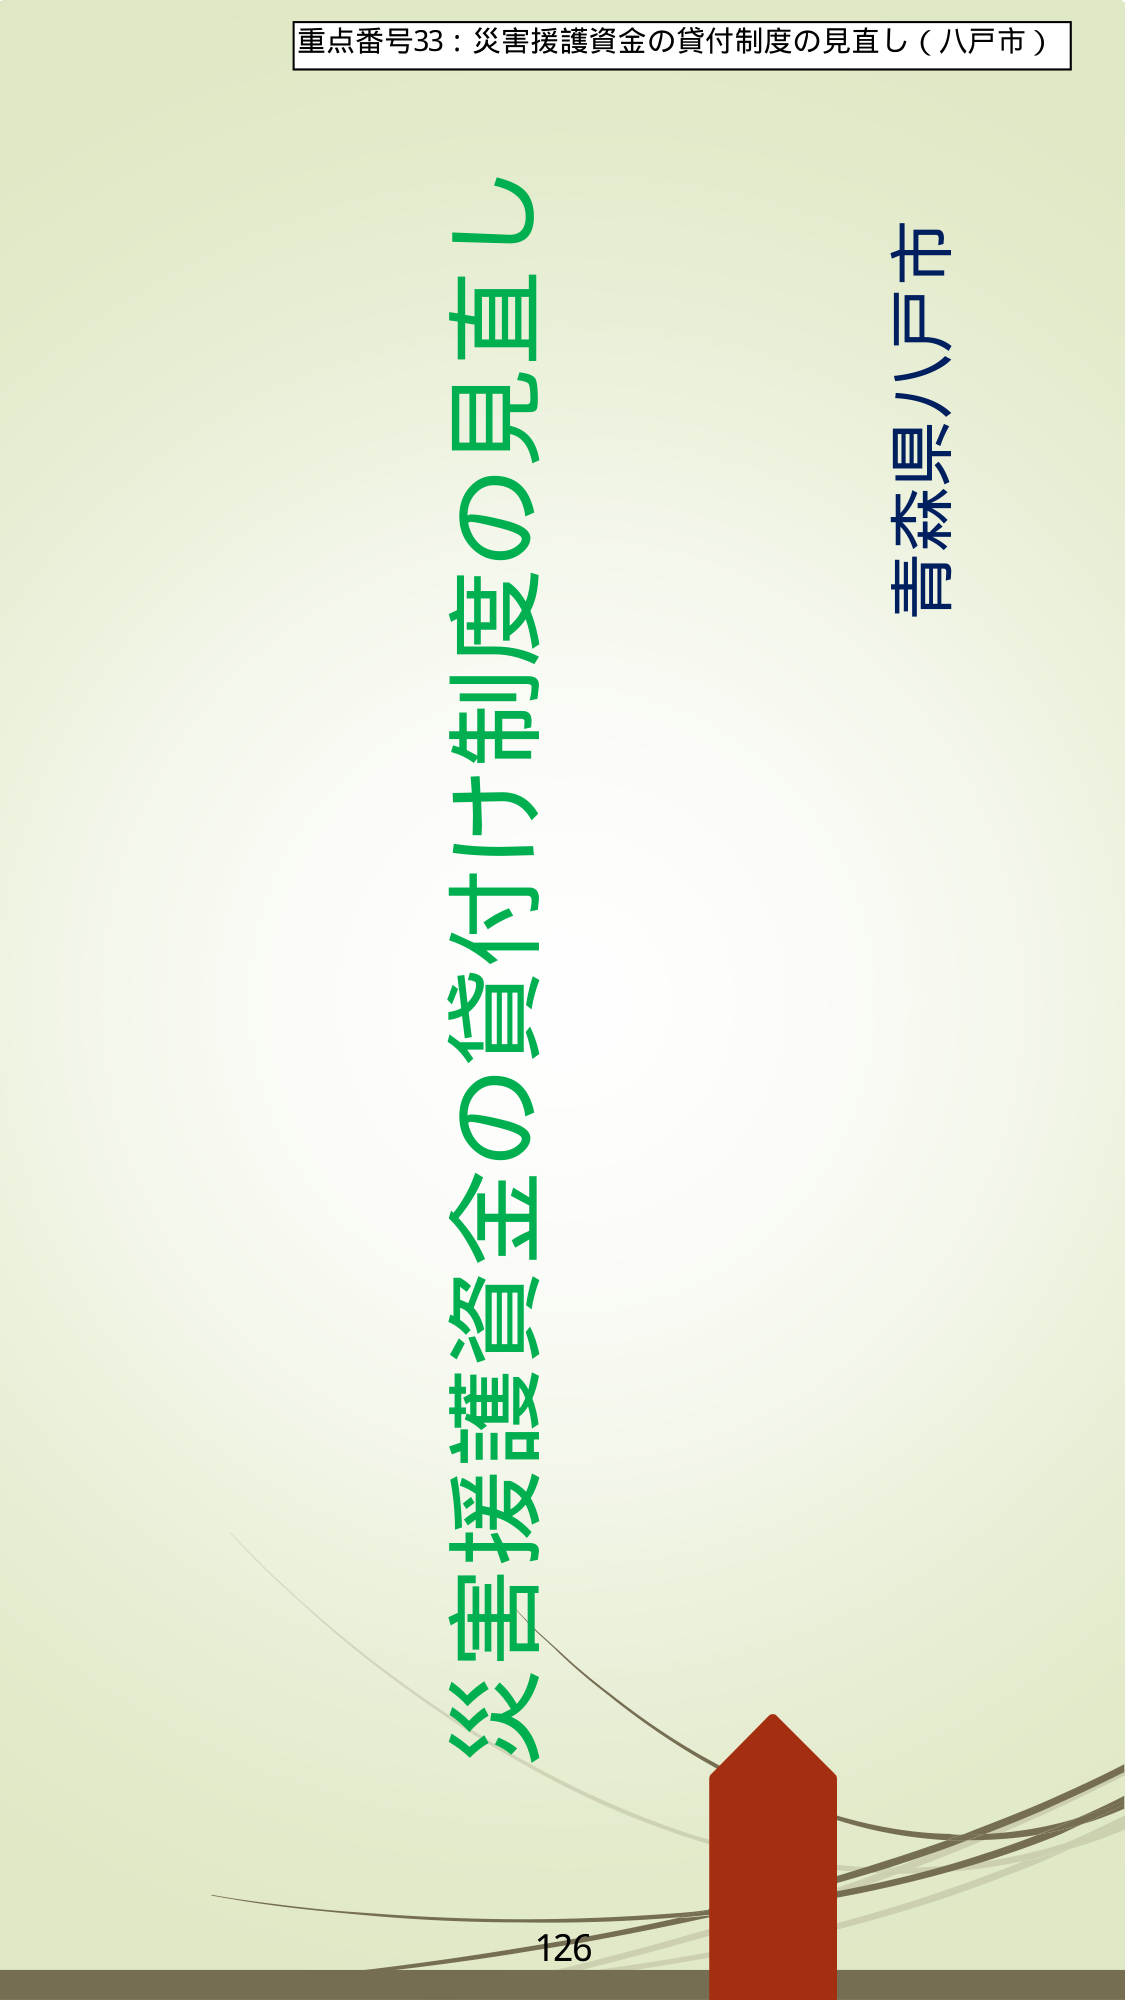
重点番号33：災害援護資金の貸付制度の見直し（八戸市）

災害援護資金の貸付制度の見直し

青森県八戸市

126